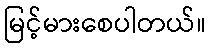
မြင့်မားစေပါတယ်။